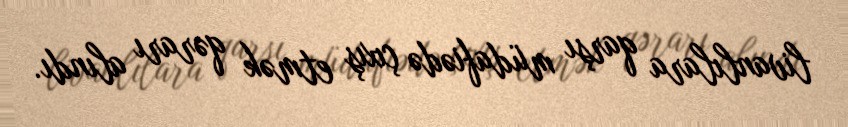
livanlılara qarşı müdafiədə çıxış etmək qərarı alındı.